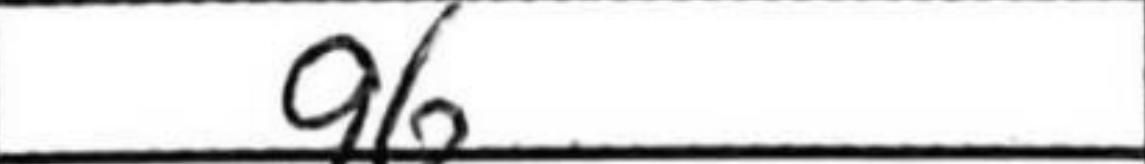
Transcription: g6